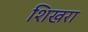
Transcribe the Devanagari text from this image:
शिखरा